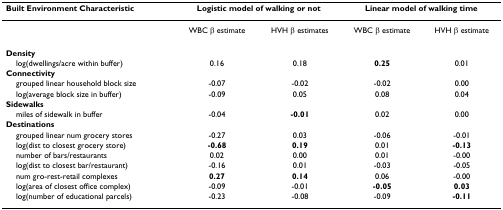
<table><thead><tr><td><b>Built Environment Characteristic</b></td><td colspan="2"><b>Logistic model of walking or not</b></td><td colspan="2"><b>Linear model of walking time</b></td></tr></thead><tbody><tr><td></td><td>WBC β estimate</td><td>HVH β estimates</td><td>WBC β estimate</td><td>HVH β estimate</td></tr><tr><td><b>Density</b></td><td></td><td></td><td></td><td></td></tr><tr><td> log(dwellings/acre within buffer)</td><td>0.16</td><td>0.18</td><td><b>0.25</b></td><td>0.01</td></tr><tr><td><b>Connectivity</b></td><td></td><td></td><td></td><td></td></tr><tr><td> grouped linear household block size</td><td>-0.07</td><td>-0.02</td><td>-0.02</td><td>0.00</td></tr><tr><td> log(average block size in buffer)</td><td>-0.09</td><td>0.05</td><td>0.08</td><td>0.04</td></tr><tr><td><b>Sidewalks</b></td><td></td><td></td><td></td><td></td></tr><tr><td> miles of sidewalk in buffer</td><td>-0.04</td><td><b>-0.01</b></td><td>0.02</td><td>0.00</td></tr><tr><td><b>Destinations</b></td><td></td><td></td><td></td><td></td></tr><tr><td> grouped linear num grocery stores</td><td>-0.27</td><td>0.03</td><td>-0.06</td><td>-0.01</td></tr><tr><td> log(dist to closest grocery store)</td><td><b>-0.68</b></td><td><b>0.19</b></td><td>0.01</td><td><b>-0.13</b></td></tr><tr><td> number of bars/restaurants</td><td>0.02</td><td>0.00</td><td>0.01</td><td>-0.00</td></tr><tr><td> log(dist to closest bar/restaurant)</td><td>-0.16</td><td>0.01</td><td>-0.03</td><td>-0.05</td></tr><tr><td> num gro-rest-retail complexes</td><td><b>0.27</b></td><td><b>0.14</b></td><td>0.06</td><td>-0.00</td></tr><tr><td> log(area of closest office complex)</td><td>-0.09</td><td>-0.01</td><td><b>-0.05</b></td><td><b>0.03</b></td></tr><tr><td> log(number of educational parcels)</td><td>-0.23</td><td>-0.08</td><td>-0.09</td><td><b>-0.11</b></td></tr></tbody></table>